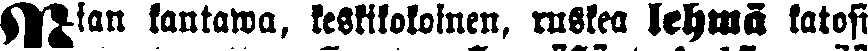
Pian kantawa, keskikokoinen, ruskea lehmä katosi